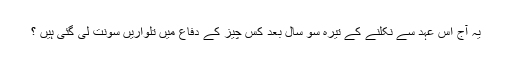
یہ آج اس عہد سے نکلنے کے تیرہ سو سال بعد کس چیز کے دفاع میں تلواریں سونت لی گئی ہیں ؟